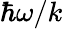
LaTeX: \hbar\omega/k